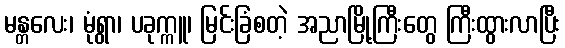
မန္တလေး၊ မုံရွာ၊ ပခုက္ကူ၊ မြင်းခြံစတဲ့ အညာမြို့ကြီးတွေ ကြီးထွားလာပြီး